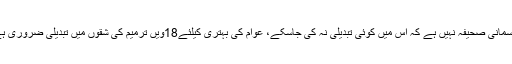
ایک سوال کے جواب میں ممبر سندھ اسمبلی کا کہنا تھا کہ18ویں ترمیم کوئی آسمانی صحیفہ نہیں ہے کہ اس میں کوئی تبدیلی نہ کی جاسکے، عوام کی بہتری کیلئے18ویں ترمیم کی شقوں میں تبدیلی ضروری ہے،18ویں ترمیم میں عوام کی بہتری کیلئے تبدیلی کی مخالفت عوام دشمنی ہے۔